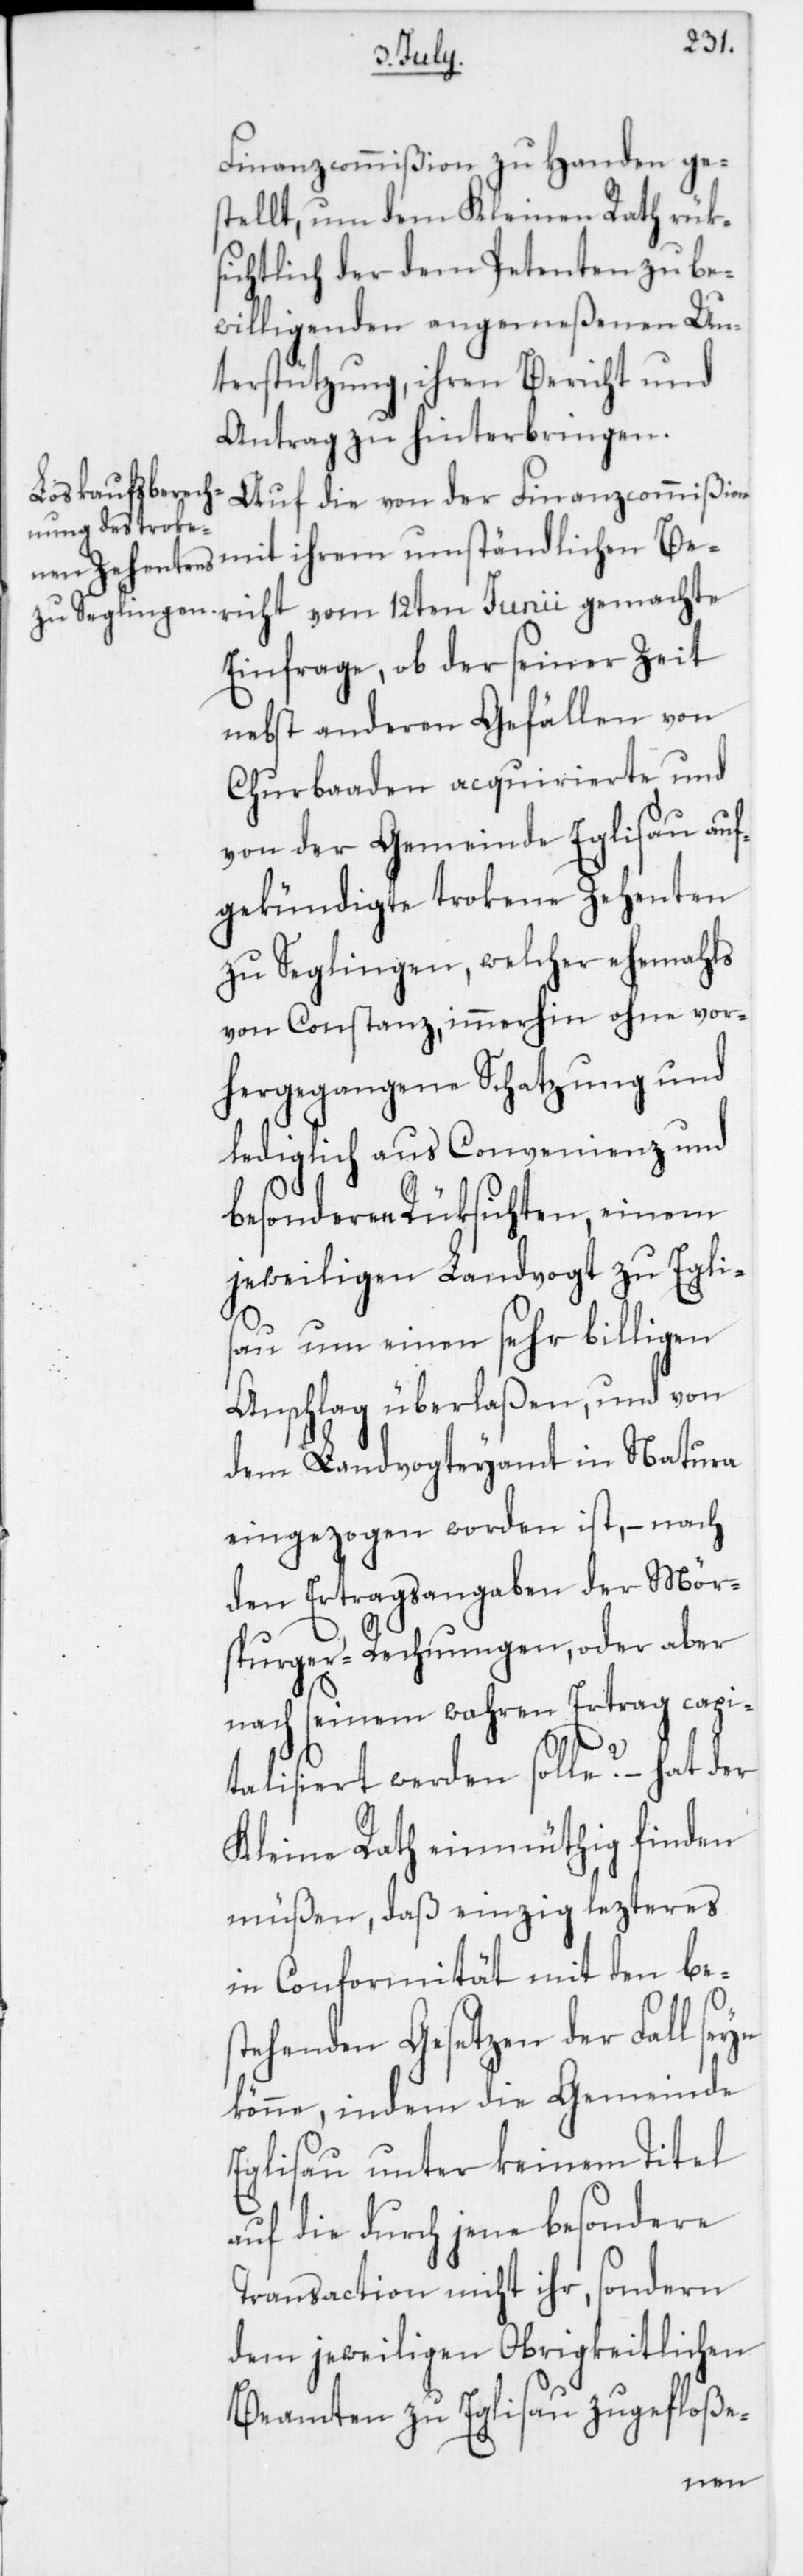
Finanzcommißion zu Handen ge¬
stellt, um dem Kleinen Rath rük¬
sichtlich der dem Petenten zu be¬
willigenden angemeßenen Un¬
terstützung, ihren Bericht und
Antrag zu hinterbringen.
Auf die von der Finanzcommißio¬
n mit ihrem umständlichen Ber¬
Einfrage, ob der seiner Zeit
nebst anderen Gefällen von
Churbaaden acquirierte und
von der Gemeinde Eglisau auf¬
gekündigte trokene Zehenten
zu Seglingen, welcher ehemahls
von Constanz, immerhin ohne vor¬
hergegangene Schatzung und
lediglich aus Convenienz und
besonderen Rüksichten, einem
jeweiligen Landvogt zu Eglis¬
au um einen sehr billigen
Anschlag überlaßen, und von
dem Landvogteyamt in Natura
eingezogen worden ist, – nach
den Ertragsangaben der Mör¬
sburger-Rechnungen, oder aber
nach seinem wahren Ertrag capi¬
talisiert werden solle? – hat der
Kleine Rath einmüthig finden
müßen, daß einzig lezteres
in Conformität mit den bes¬
tehenden Gesetzen der Fall se¬
könne, indem die Gemeinde
Eglisau unter keinem Titel
auf die durch jene besondere
Transaction nicht ihr, sondern
dem jeweiligen Obrigkeitlichen
yn
Beamten zu Eglisau